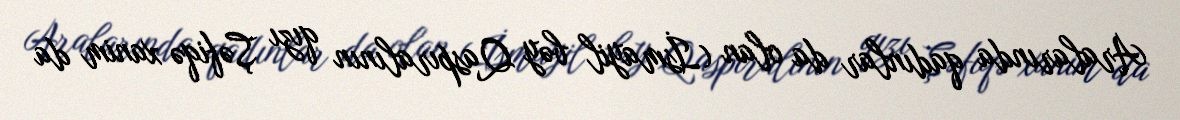
Aralarında qadınlar da olan (İsmayil bəy Qaspıralının qızı Şəfiqə xanim da